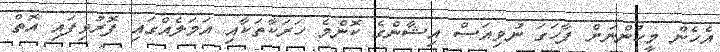
އެހެން މީހުންނަށް ފާހަގަ ނުވިއަސް އިޝާންގެ ކޮންމެ ހަރަކާތަކާއި އަމަލެއްގައި ފޮރުވިފައި އޮތް